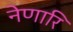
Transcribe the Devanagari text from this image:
नेणारि